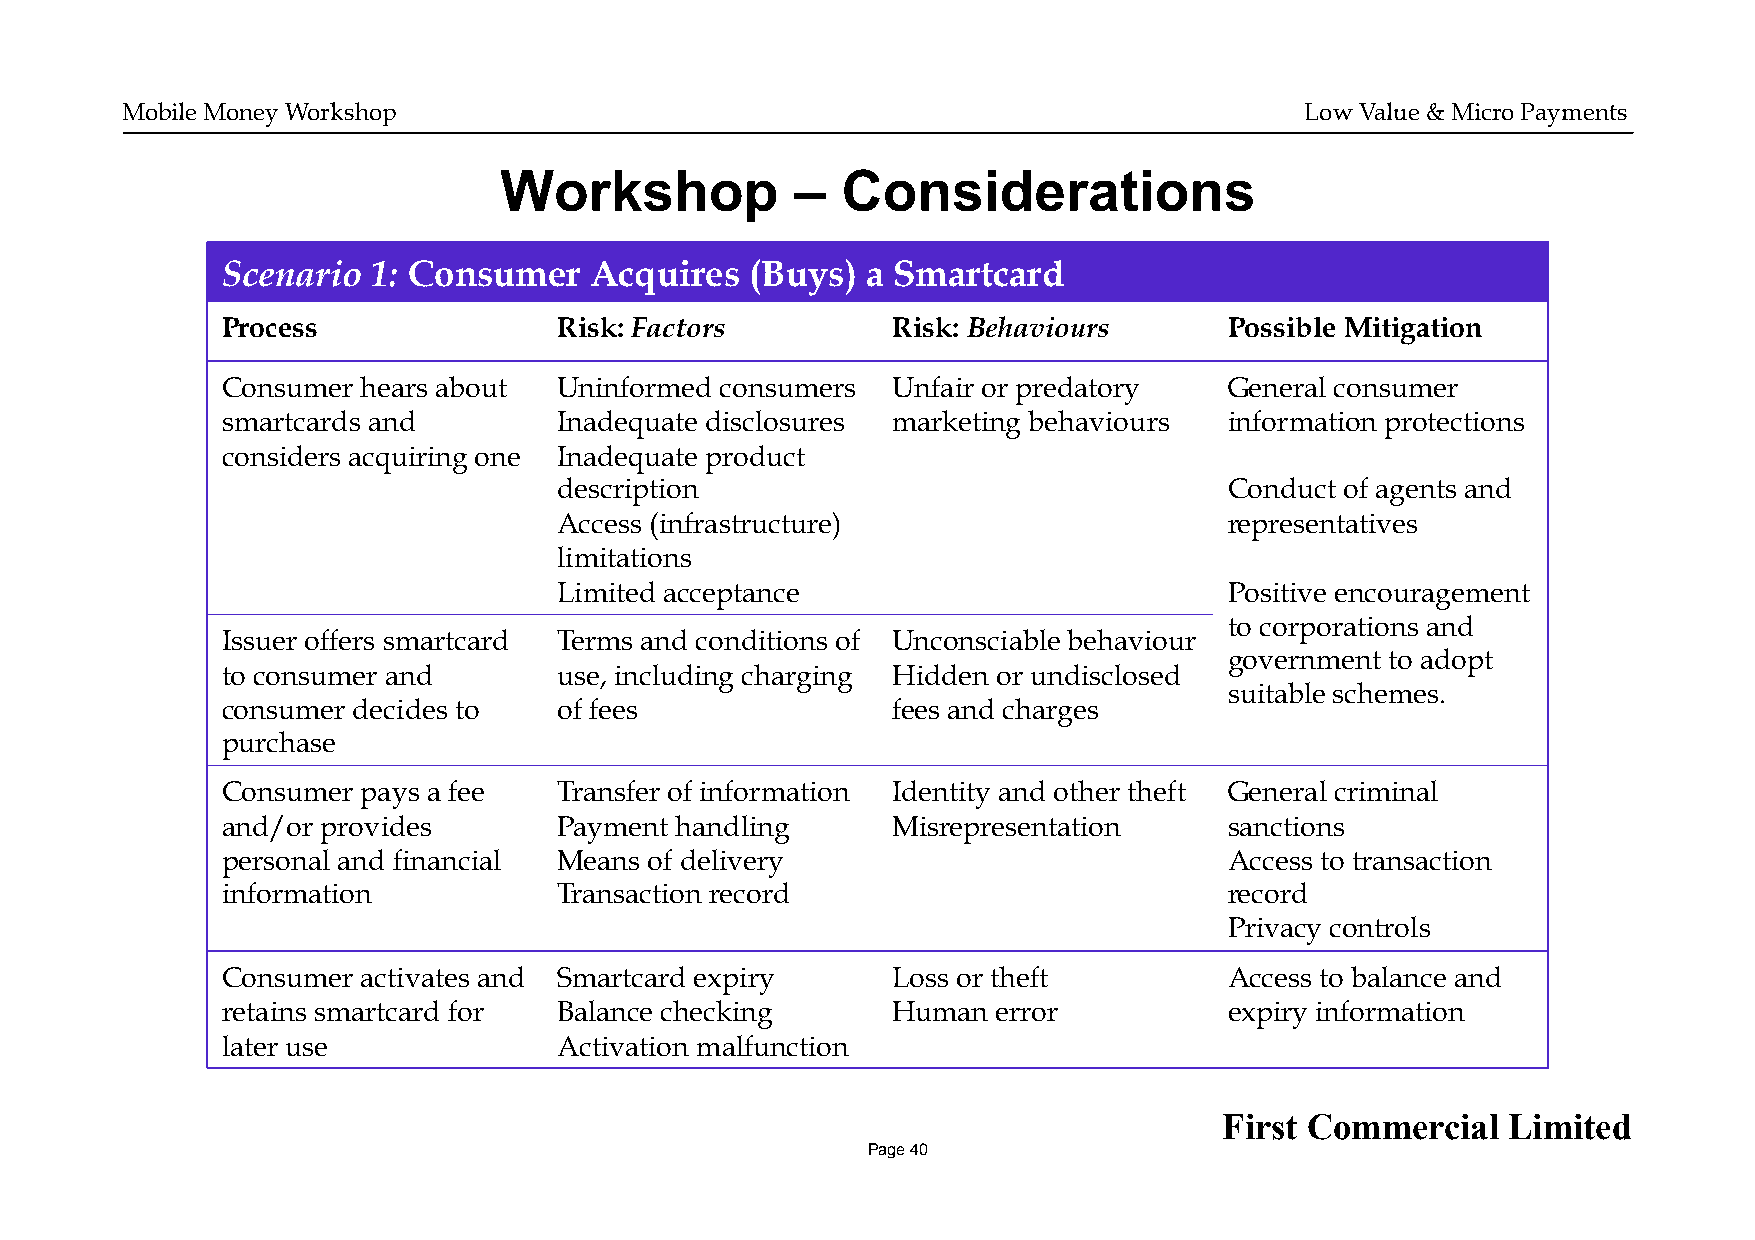
Mobile Money Workshop                                                         Low Value & Micro Payments
 Workshop            –  Considerations
 Scenario  1: Consumer   Acquires   (Buys) a Smartcard
 Process               Risk: Factors         Risk: Behaviours      Possible Mitigation
 Consumer hears about  Uninformed consumers  Unfair or predatory   General consumer
 smartcards and        Inadequate disclosures marketing behaviours information protections
 considers acquiring one Inadequate product
 description                                 Conduct of agents and
 Access (infrastructure)                     representatives
 limitations
 Limited acceptance                          Positive encouragement
 to corporations and
 Issuer offers smartcard Terms and conditions of Unconsciable behaviour
 government to adopt
 to consumer and       use, including charging Hidden or undisclosed
 suitable schemes.
 consumer decides to   of fees               fees and charges
 purchase
 Consumer pays a fee   Transfer of information Identity and other theft General criminal
 and/or provides       Payment handling      Misrepresentation     sanctions
 personal and financial Means of delivery                          Access to transaction
 information           Transaction record                          record
 Privacy controls
 Consumer activates and Smartcard expiry     Loss or theft         Access to balance and
 retains smartcard for Balance checking      Human  error          expiry information
 later use             Activation malfunction
 First Commercial   Limited
 Page 40